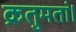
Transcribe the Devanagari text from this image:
क्रतुमतां।